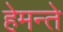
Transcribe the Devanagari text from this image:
हेमन्ते